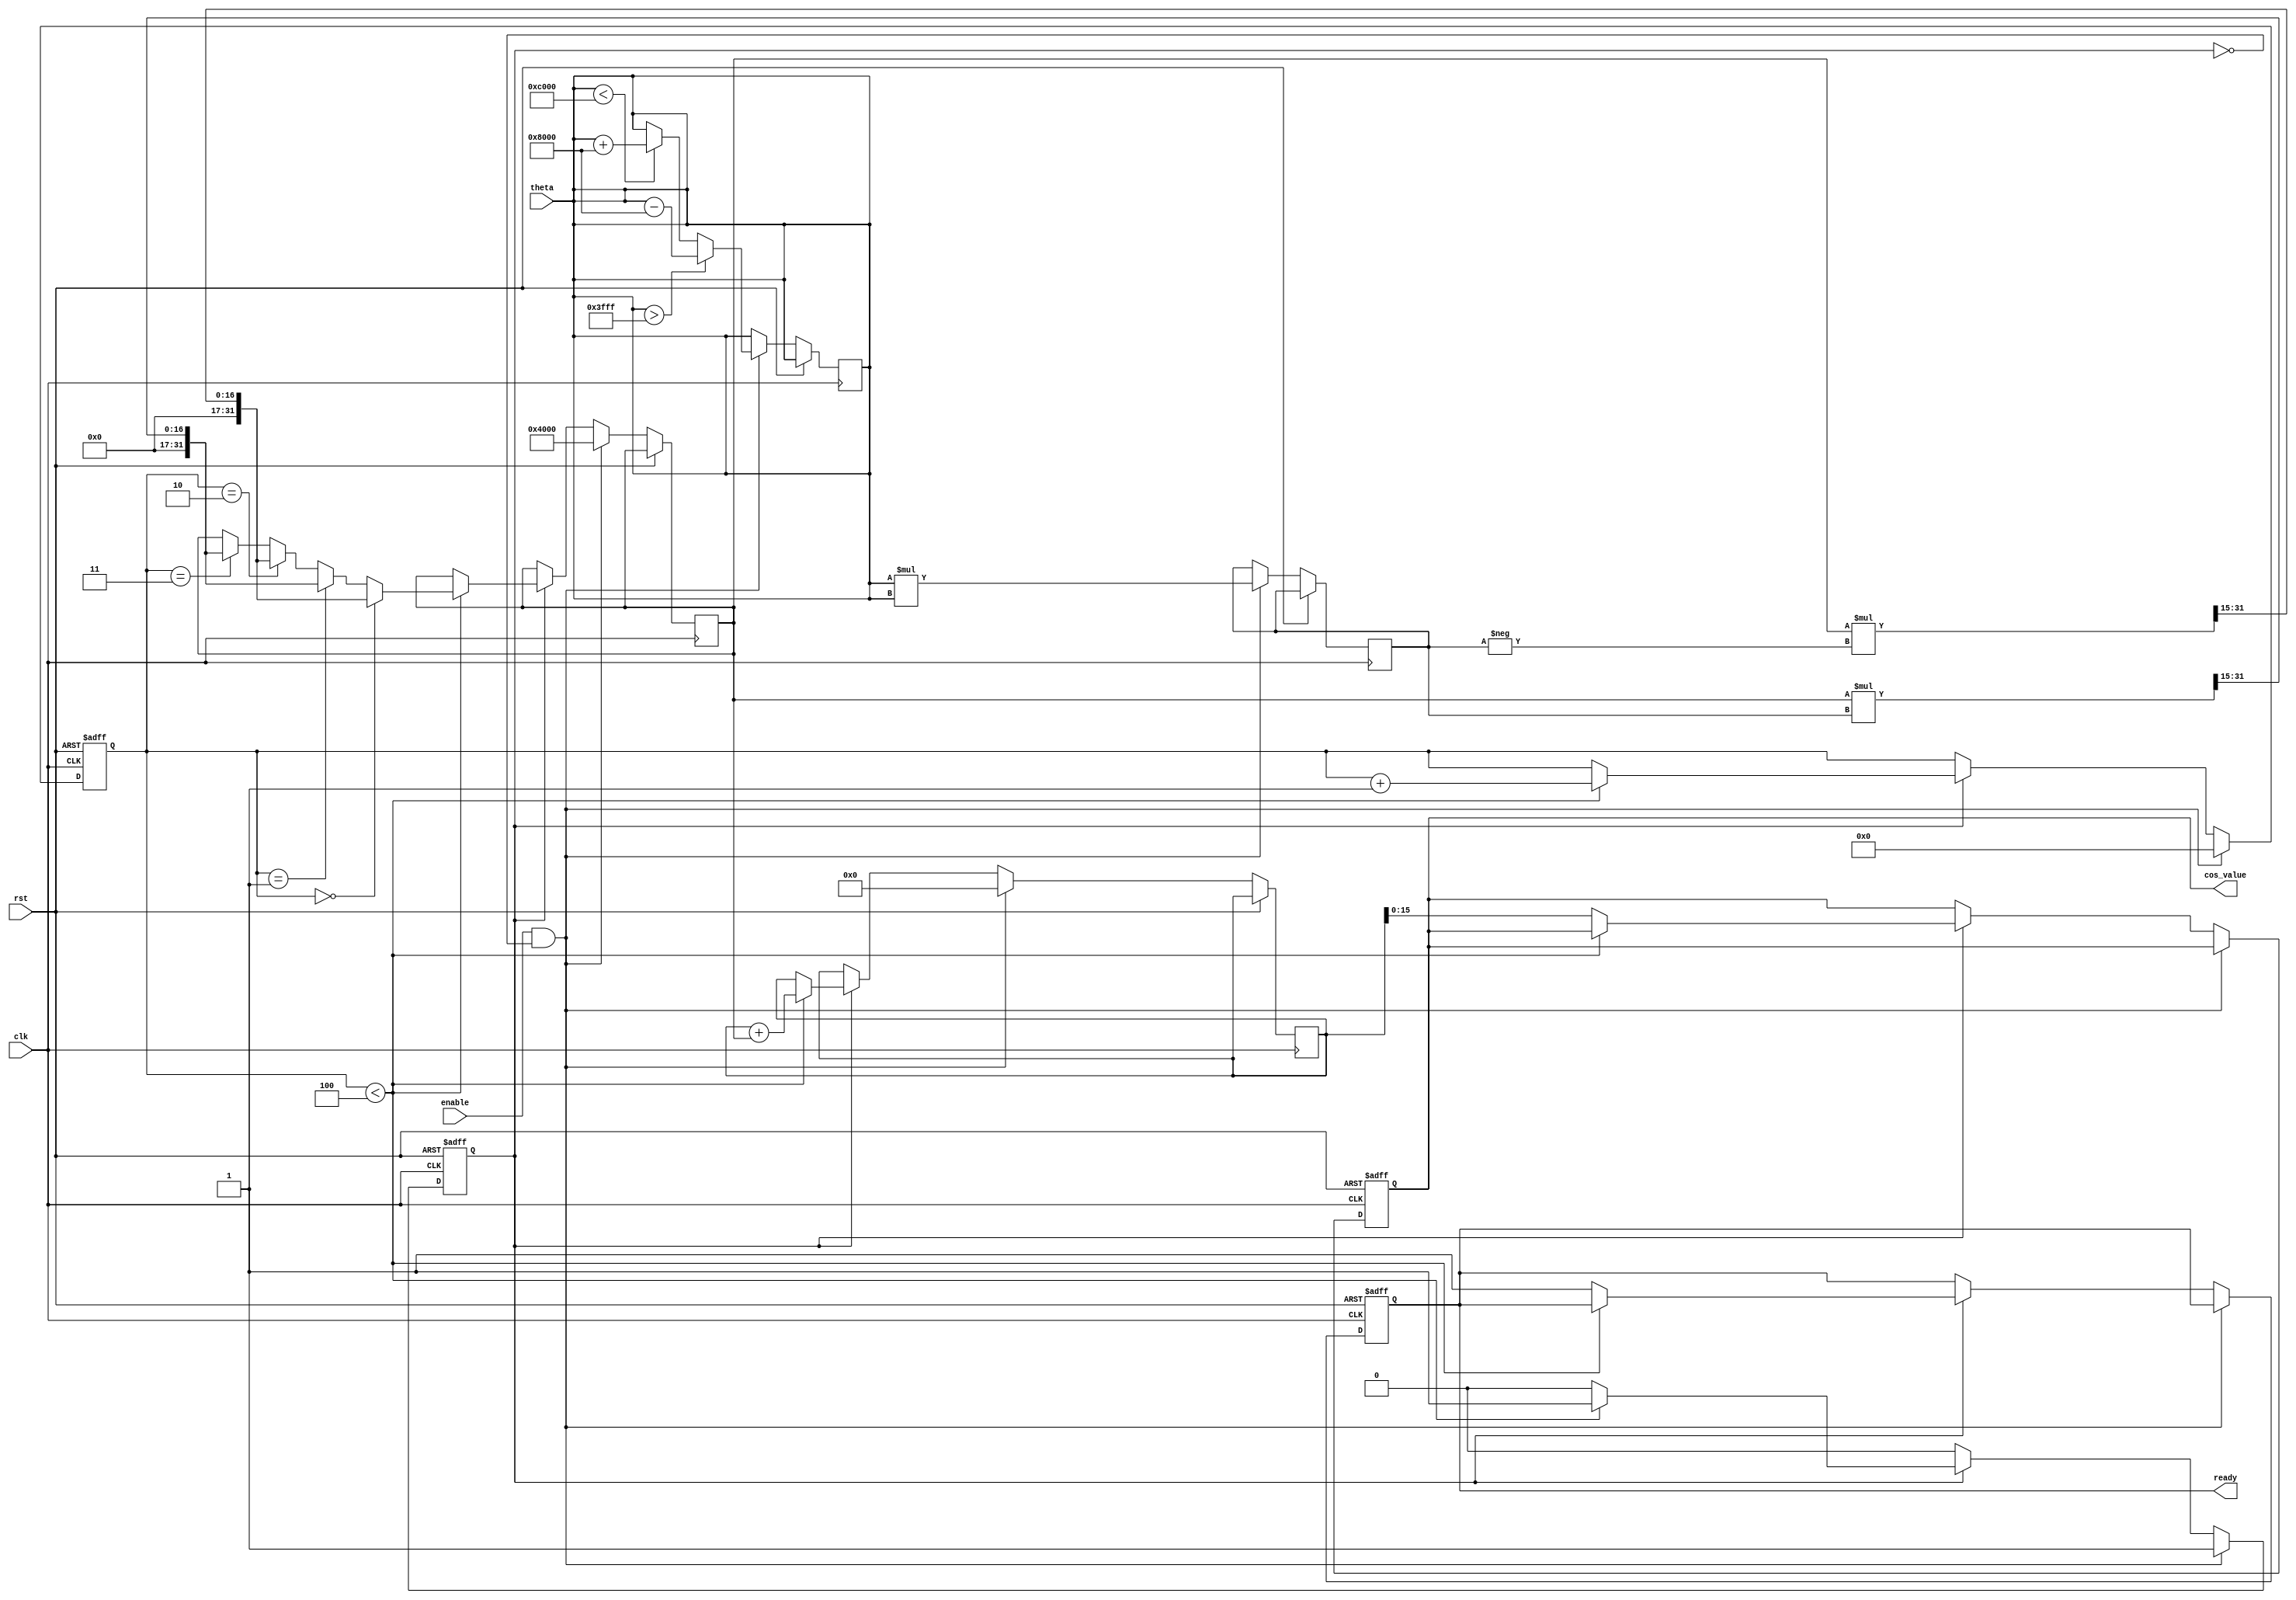
module cosine_block (
    input wire clk,
    input wire rst,
    input wire enable,
    input wire signed [15:0] theta, // Q1.15 fixed-point input
    output reg signed [15:0] cos_value, // Q1.15 fixed-point output
    output reg ready // Indicates when the output is valid
);

    // Constants for Taylor series coefficients
    parameter signed [15:0] COEFF_0 = 16'h4000; // 1.0 in Q1.15
    parameter signed [15:0] COEFF_2 = -16'h2000; // -0.5 in Q1.15
    parameter signed [15:0] COEFF_4 = 16'h1C71; // 0.04166667 in Q1.15
    parameter signed [15:0] COEFF_6 = -16'h0D5E; // -0.00138889 in Q1.15

    // Internal registers
    reg signed [31:0] x_squared; // To hold x^2
    reg signed [31:0] term; // Current term in the series
    reg signed [31:0] sum; // Accumulated sum
    reg [3:0] count; // Counter for terms in the series
    reg computing; // Flag to indicate computation in progress

    // Range reduction to [-pi, pi]
    function signed [15:0] range_reduce(input signed [15:0] angle);
        begin
            if (angle > 16'h3FFF) // angle > pi
                range_reduce = angle - 16'h8000; // angle - 2*pi
            else if (angle < -16'h4000) // angle < -pi
                range_reduce = angle + 16'h8000; // angle + 2*pi
            else
                range_reduce = angle;
        end
    endfunction

    // Compute cosine using Taylor series
    always @(posedge clk or posedge rst) begin
        if (rst) begin
            cos_value <= 16'h0000;
            ready <= 1'b0;
            computing <= 1'b0;
            count <= 4'd0;
        end else if (enable && !computing) begin
            // Start computation
            computing <= 1'b1;
            count <= 4'd0;
            sum <= 32'd0;
            theta <= range_reduce(theta);
            x_squared <= theta * theta; // x^2
            term <= COEFF_0; // Start with the first term
        end else if (computing) begin
            // Compute the next term in the Taylor series
            if (count < 4'd4) begin
                sum <= sum + term; // Add the current term to the sum
                count <= count + 1;

                // Calculate the next term
                if (count == 4'd0) begin
                    term <= (term * -x_squared) >> 15; // term = -x^2 / 2! (scaled)
                end else if (count == 4'd1) begin
                    term <= (term * x_squared) >> 15; // term = x^4 / 4! (scaled)
                end else if (count == 4'd2) begin
                    term <= (term * -x_squared) >> 15; // term = -x^6 / 6! (scaled)
                end else if (count == 4'd3) begin
                    term <= (term * x_squared) >> 15; // term = x^8 / 8! (scaled)
                end
            end else begin
                // Finished computation
                cos_value <= sum[15:0]; // Take the lower 16 bits as output
                ready <= 1'b1;
                computing <= 1'b0;
            end
        end
    end

endmodule